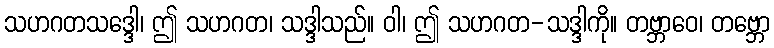
သဟဂတသဒ္ဒေါ၊ ဤ သဟဂတ၊ သဒ္ဒါသည်။ ဝါ၊ ဤ သဟဂတ-သဒ္ဒါကို။ တဗ္ဘာဝေ၊ တဗ္ဘော